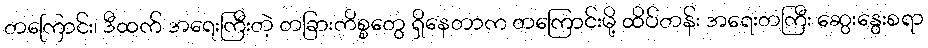
တကြောင်း၊ ဒီထက် အရေးကြီးတဲ့ တခြားကိစ္စတွေ ရှိနေတာက တကြောင်းမို့ ထိပ်တန်း အရေးတကြီး ဆွေးနွေးစရာ